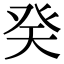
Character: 癸